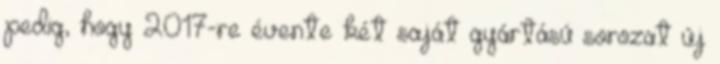
pedig, hogy 2017-re évente két saját gyártású sorozat új